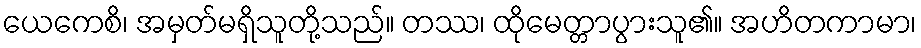
ယေကေစိ၊ အမှတ်မရှိသူတို့သည်။ တဿ၊ ထိုမေတ္တာပွားသူ၏။ အဟိတကာမာ၊